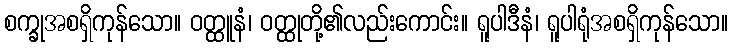
စက္ခုအစရှိကုန်သော။ ဝတ္ထူနံ၊ ဝတ္ထုတို့၏လည်းကောင်း။ ရူပါဒီနံ၊ ရူပါရုံအစရှိကုန်သော။